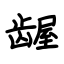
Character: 龌